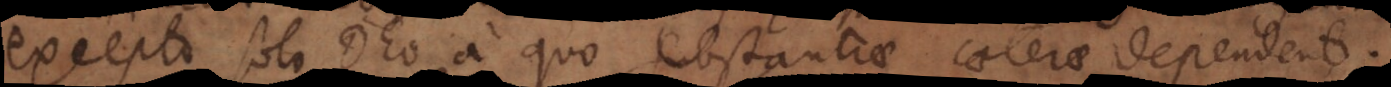
o solo Deo a quo substantiae caeterae dependent.